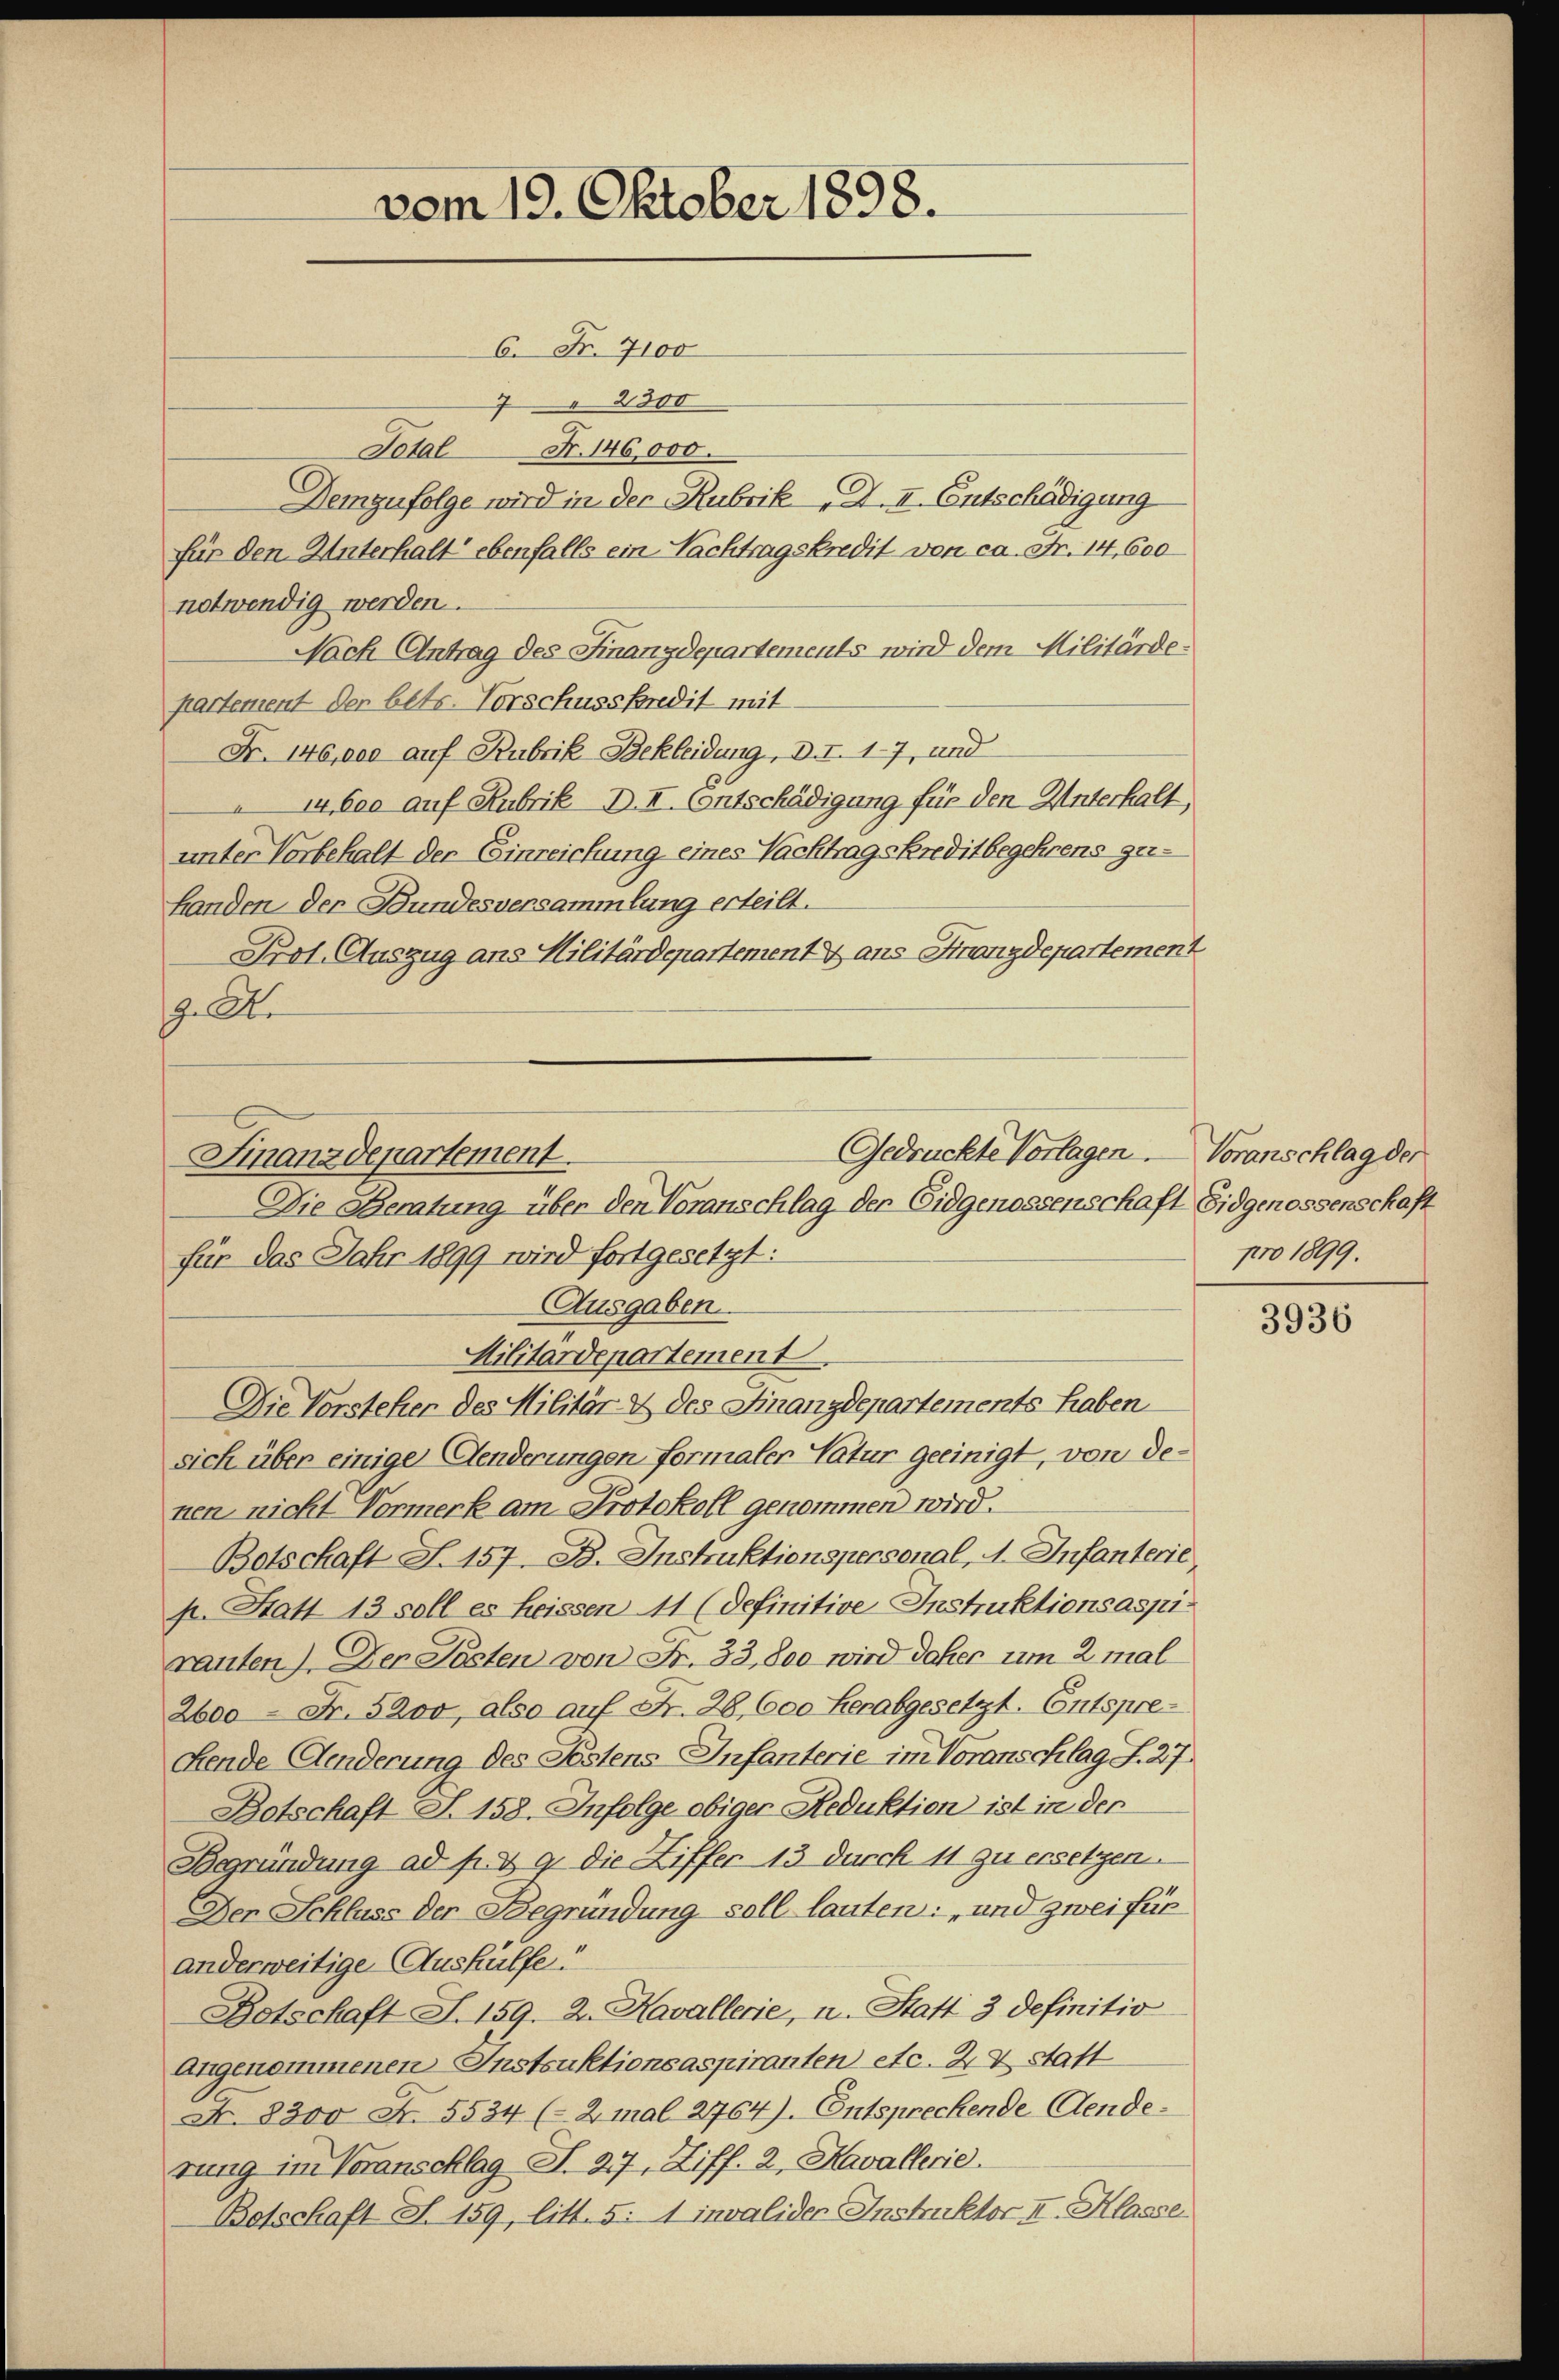
vom 19. Oktober 1898.

6. Fr. 7100
2300
Total Fr. 146,000.
Demzufolge wird in der Rubrik „J. II. Entschädigung
für den Unterhalt ebenfalls ein Nachtragskredit von ca. Fr. 14, 600
notwendig werden.
Nach Antrag des Finanzdepartements wird dem Militärdepartement der betr. Vorschusskredit mit
Fr. 146,000 auf Rubrik Bekleidung, d. I. 17, und
14,600 auf Hubrik D. I. Contschädigung für den Unterhalt,
unter Vorbehalt der Einreichung eines Nachtragskreditbegehrens ger¬
Handen der Bundesversammlung erteilt.
Prot. Auszug ans Militärdepartement aus Finanzdepartement
. A.
Die Beratung über den Voranschlag der Eidgenossenschaft Eidgenossenschaft
für das Jahr 1899 wird fortgesetzt:
Ausgaben.
Militärdepartement
Die Vorstehen des Militär & des Finanzdepartements haben
sich über einige Aenderungen formaler Natur geeinigt, von denen nicht Vormerk am Protokoll genommen wird.
Botschaft S. 157. B. Instruktionspersonal, A. Infanterie
p. Statt 13 soll es heissen 11 (definitive Instruktionsaspirauten). Der Posten von Fr. 33,800 wird daher um 2 mal
2600 Fr. 5200, also auf Fr. 28,600 herabgesetzt. Entspre-
Fende Aenderung des Festens-Infanterie im Voranschlag S. 27.
Botschaft S. 158. Infolge obiger Reduktion ist in der
Begründung ad p. & 9. die Ziffer 13 durch 11 zu ersetzen.
Den Schluss der Begründung soll lauten: „und zwei für
anderweitige Aushülfe.
Botschaft S. 159. 2. Kavallerie, u. Statt 3 definitio
Angenommenen Instruktionsaspiranten etc. Z. 7 statt
Nr. 8300 Fr. 5534 (2 mal 2764). Entsprechende Aenderung im Voranschlag S. 27, Ziff. 2, Kavallerie.
Botschaft S. 159, litt. 5: 1 invalider Instruktor II. Klasser

Gedrückte Vorlagen. Voranschlag der
Finanzdepartement.

pro 1899.

3936